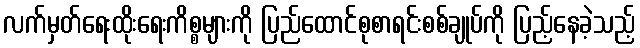
လက်မှတ်ရေးထိုးရေးကိစ္စများကို ပြည်ထောင်စုစာရင်းစစ်ချုပ်ကို ပြည့်နေခဲ့သည့်